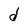
Character: d